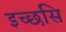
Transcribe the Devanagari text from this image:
इच्छसि